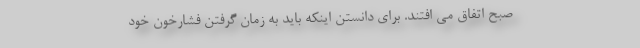
صبح اتفاق می افتند. برای دانستن اینکه باید به زمان گرفتن فشارخون خود